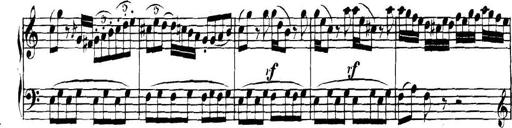
Title: Collected Piano Sonatas
Composer: Muzio Clementi